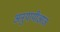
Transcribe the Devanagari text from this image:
अनुयायीआज